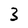
Character: 3